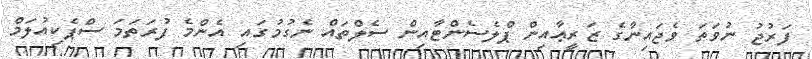
ފަރުޖު ނުވަތަ ވެޖައިނާގެ ޒަރީޢާއިން ޕްލެސެންޓާއިން ސެލްތައް ނެގުމުގައި އެންމެ ފުރަތަމަ ސްޕެކިއުލަމް